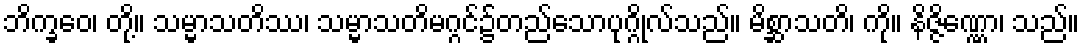
ဘိက္ခဝေ၊ တို့။ သမ္မာသတိဿ၊ သမ္မာသတိမဂ္ဂင်၌တည်သောပုဂ္ဂိုလ်သည်။ မိစ္ဆာသတိ၊ ကို။ နိဇ္ဇိဏ္ဏော၊ သည်။